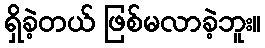
ရှိခဲ့တယ် ဖြစ်မလာခဲ့ဘူး။